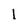
Character: l